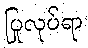
ပြုလုပ်ရာ